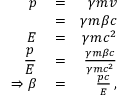
\begin{array} { r l r } { \displaystyle p } & { { } = } & { \gamma m v } \\ { \displaystyle } & { { } = } & { \gamma m \beta c } \\ { \displaystyle E } & { { } = } & { \gamma m c ^ { 2 } } \\ { \displaystyle \frac { p } { E } } & { { } = } & { \frac { \gamma m \beta c } { \gamma m c ^ { 2 } } } \\ { \displaystyle \Rightarrow \beta } & { { } = } & { \frac { p c } { E } \, , } \end{array}